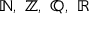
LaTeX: \mathbb { N } , \ \mathbb { Z } , \ \mathbb { Q } , \ \mathbb { R }